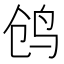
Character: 鸧